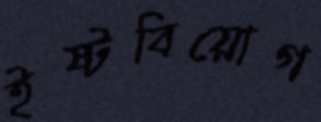
ইষ্টবিয়োগ